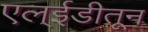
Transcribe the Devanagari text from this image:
एल्ईडीतून